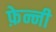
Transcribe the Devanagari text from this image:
फ़ेन्नी